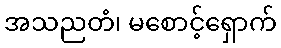
အသညတံ၊ မစောင့်ရှောက်